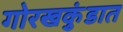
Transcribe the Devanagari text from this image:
गोरखकुंडात